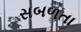
સબળતા